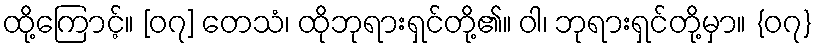
ထို့ကြောင့်။ [၀၇] တေသံ၊ ထိုဘုရားရှင်တို့၏။ ဝါ၊ ဘုရားရှင်တို့မှာ။ {၀၇}